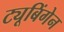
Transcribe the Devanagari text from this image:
ट्यूबिंगेन